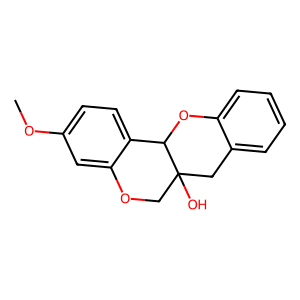
SMILES: COc1ccc2c(c1)OCC1(O)Cc3ccccc3OC21
Inhibits HIV replication: No